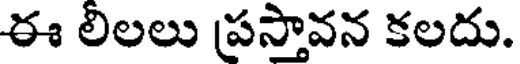
ఈ లిలలు ప్రస్తావన కలదు.